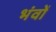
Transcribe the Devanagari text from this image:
भंवों